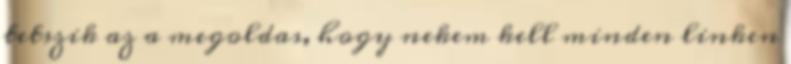
tetszik az a megoldas, hogy nekem kell minden linken